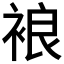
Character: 𧚅